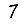
Digit: 7